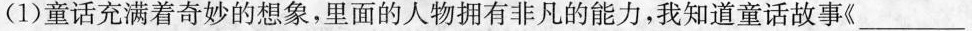
(1)童话充满着奇妙的想象，里面的人物拥有非凡的能力，我知道童话故事《___